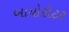
બાયોરોટર